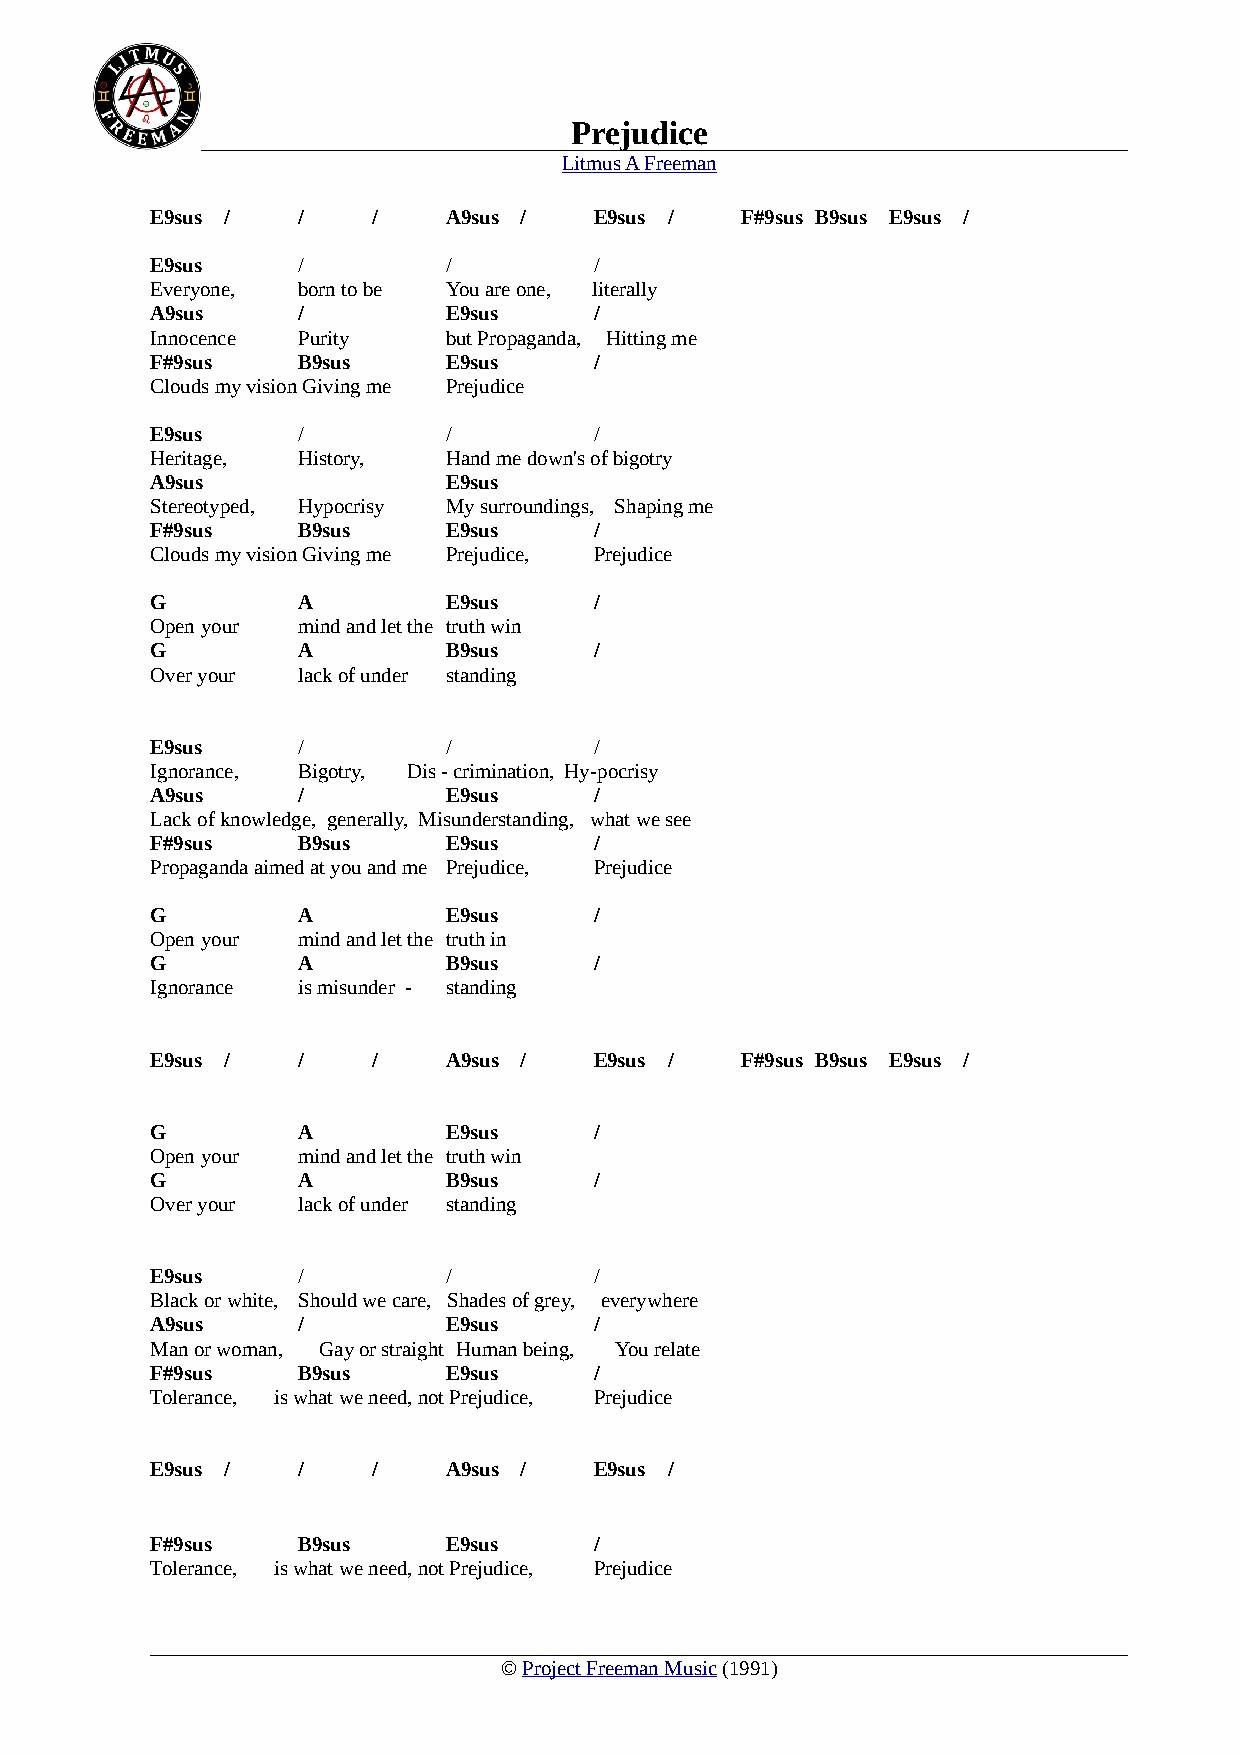
Prejudice
 Litmus A Freeman
 E9sus /   /    /    A9sus /  E9sus /   F#9sus B9sus E9sus /
 E9sus     /         /        /
 Everyone, born to be You are one, literally
 A9sus     /         E9sus    /
 Innocence Purity    but Propaganda, Hitting me
 F#9sus    B9sus     E9sus    /
 Clouds my vision Giving me Prejudice
 E9sus     /         /        /
 Heritage, History,  Hand me down's of bigotry
 A9sus               E9sus
 Stereotyped, Hypocrisy My surroundings, Shaping me
 F#9sus    B9sus     E9sus    /
 Clouds my vision Giving me Prejudice, Prejudice
 G         A         E9sus    /
 Open your mind and let the truth win
 G         A         B9sus    /
 Over your lack of under standing
 E9sus     /         /        /
 Ignorance, Bigotry, Dis - crimination, Hy-pocrisy
 A9sus     /         E9sus    /
 Lack of knowledge, generally, Misunderstanding, what we see
 F#9sus    B9sus     E9sus    /
 Propaganda aimed at you and me Prejudice, Prejudice
 G         A         E9sus    /
 Open your mind and let the truth in
 G         A         B9sus    /
 Ignorance is misunder - standing
 E9sus /   /    /    A9sus /  E9sus /   F#9sus B9sus E9sus /
 G         A         E9sus    /
 Open your mind and let the truth win
 G         A         B9sus    /
 Over your lack of under standing
 E9sus     /         /        /
 Black or white, Should we care, Shades of grey, everywhere
 A9sus     /         E9sus    /
 Man or woman, Gay or straight Human being, You relate
 F#9sus    B9sus     E9sus    /
 Tolerance, is what we need, not Prejudice, Prejudice
 E9sus /   /    /    A9sus /  E9sus /
 F#9sus    B9sus     E9sus    /
 Tolerance, is what we need, not Prejudice, Prejudice
 © Project Freeman Music (1991)